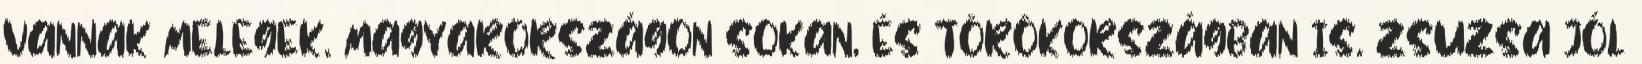
VANNAK MELEGEK. MAGYARORSZÁGON SOKAN, ÉS TÖRÖKORSZÁGBAN IS. ZSUZSA JÓL